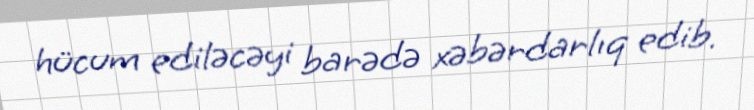
hücum ediləcəyi barədə xəbərdarlıq edib.